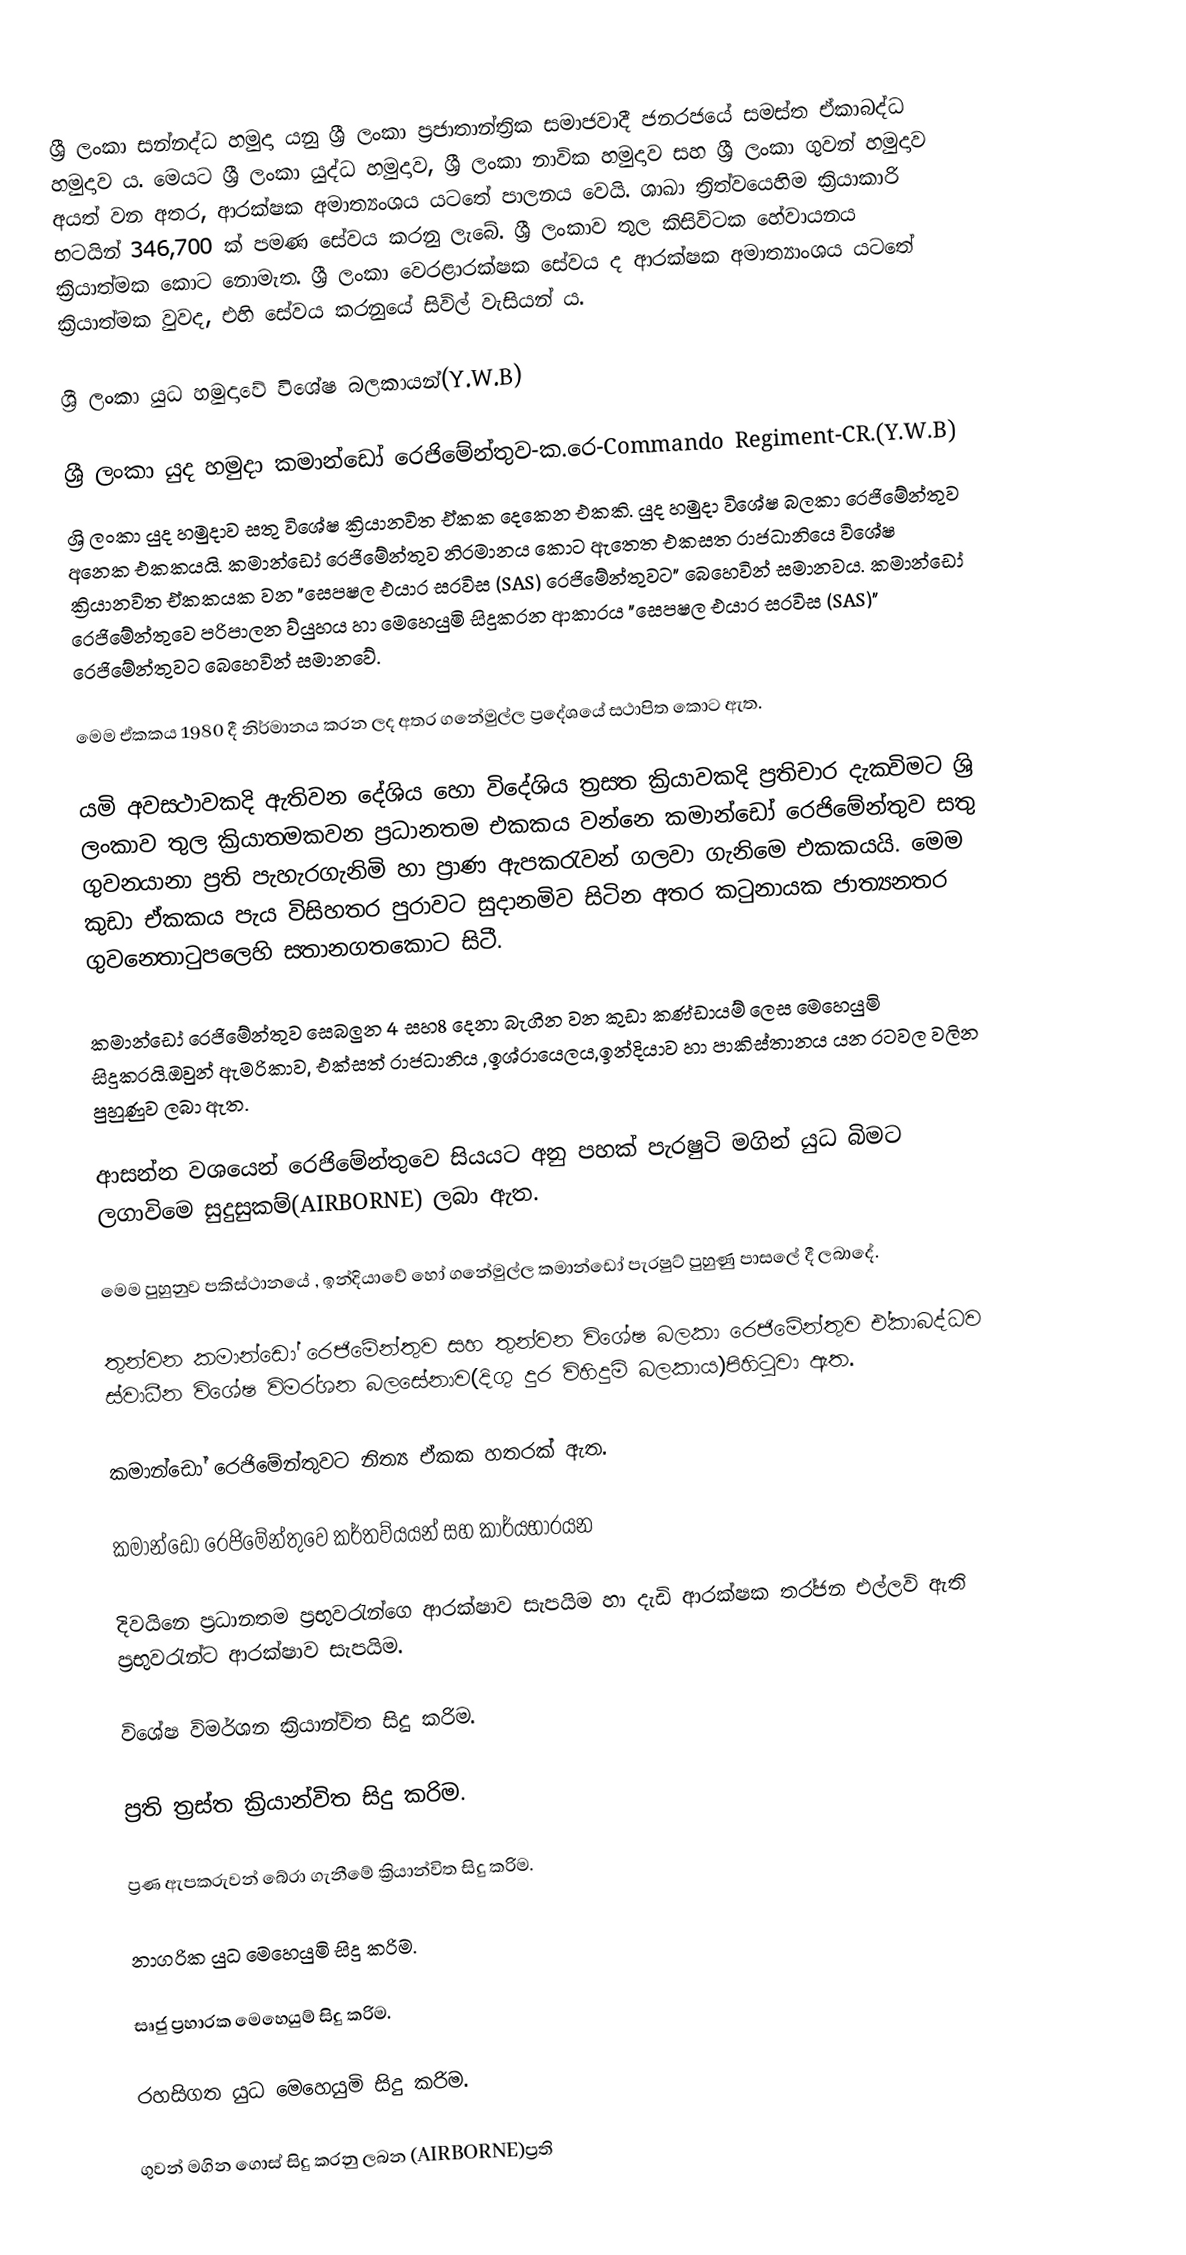
ශ්‍රී ලංකා සන්නද්ධ හමුදා යනු ශ්‍රී ලංකා ප්‍රජාතාන්ත්‍රික සමාජවාදී ජනරජයේ සමස්ත ඒකාබද්ධ හමුදාව ය. මෙයට ශ්‍රී ලංකා යුද්ධ හමුදාව, ශ්‍රී ලංකා නාවික හමුදාව සහ ශ්‍රී ලංකා ගුවන් හමුදාව අයත් වන අතර, ආරක්ෂක අමාත්‍යංශය යටතේ පාලනය වෙයි. ශාඛා ත්‍රිත්වයෙහිම ක්‍රියාකාරි භටයින් 346,700 ක් පමණ සේවය කරනු ලැබේ. ශ්‍රී ලංකාව තුල කිසිවිටක හේවායනය ක්‍රියාත්මක කොට නොමැත. ශ්‍රී ලංකා වෙරළාරක්ෂක සේවය ද ආරක්ෂක අමාත්‍යාංශය යටතේ ක්‍රියාත්මක වුවද, එහි සේවය කරනුයේ සිවිල් වැසියන් ය.

ශ්‍රී ලංකා යුධ හමුදාවේ විශේෂ බලකායන්(Y.W.B)

ශ්‍රී ලංකා යුද හමුදා කමාන්ඩෝ රෙජිමේන්තුව-ක.රෙ-Commando Regiment-CR.(Y.W.B)
ශ්‍රි ලංකා යුද හමුදාව සතු විශේෂ ක්‍රියාන‍්විත ඒකක දෙකෙන‍් එකකි. යුද හමුදා විශේෂ බලකා රෙජිමේන්තුව අනෙක‍් එකකයයි. කමාන්ඩෝ රෙජිමේන්තුව නිර‍්මානය කොට ඇත‍‍්තෙ එක‍්සත‍් රාජධානියෙ‍් විශේෂ ක්‍රියාන‍්විත ඒකකයක‍් වන "ස‍්පෙෂල‍් එයාර‍් සර‍්විස‍් (SAS) රෙජිමේන්තුවට" බෙහෙවින් සමානවය. කමාන්ඩෝ රෙජිමේන්තුවෙ පරිපාලන ව්යුහය හා මෙහෙයුමි සිදුකරන ආකාරය "ස‍්පෙෂල‍් එයාර‍් සර‍්විස‍් (SAS)" රෙජිමේන්තුවට බෙහෙවින් සමානවේ.

මෙම ඒකකය 1980 දී නිර්මානය කරන ලද අතර ගනේමුල්ල ප්‍රදෙ‍්ශයෙ‍් ස‍්ථාපිත කොට ඇත.

යමි අවස‍්ථාවකදි ඇතිවන දෙ‍්ශිය හො විදෙ‍්ශිය ත්‍රස‍්ත ක්‍රියාවකදි ප්‍රතිචාර දැක‍්විමට ශ්‍රි ලංකාව තුල ක්‍රියාත‍්මකවන ප්‍රධානතම එකකය වන‍‍්නෙ කමාන්ඩෝ රෙජිමේන්තුව සතු ගුවන‍්යානා ප්‍රති පැහැරගැනිමි හා ප්‍රාණ ඇපකරැවන‍් ගලවා ගැනිමෙ එකකයයි. මෙම කුඩා එ‍්කකය පැය විසිහතර පුරාවට සුදානමිව සිටින අතර කටුනායක ජාත්‍යන‍්තර ගුවන‍්තොටුපලෙහි ස‍්තානගතකොට සිටී.

කමාන්ඩෝ රෙජිමේන්තුව සෙබලුන‍් 4 සහ8 දෙනා බැගින‍් වන කුඩා කණ්ඩායම් ලෙස මෙහෙයුමි සිදුකරයි.ඔවුන් ඇමරිකාව, එක්සත් රාජධානිය ,ඉශ්රායෙලය,ඉන්දියාව හා පාකිස්තානය යන රටවල‍් වලින‍් පුහුණුව ලබා ඇත.

ආසන්න වශයෙන් රෙජිමේන්තුවෙ සියයට අනු පහක‍් පැරෂුටි මගින‍් යුධ බිමට ලගාවිමෙ සුදුසුකම්(AIRBORNE) ලබා ඇත.

මෙම පුහුනුව පකිස්ථානයේ , ඉන්දියාවේ හෝ ගනේමුල්ල කමාන්ඩෝ පැරෂුට් පුහුණු පාසලේ දී ලබාදේ.

තුන්වන කමාන්ඩෝ රෙජිමේන්තුව සහ තුන්වන විශේෂ බලකා රෙජිමේන්තුව එ‍්කාබද‍‍්ධව ස්වාධීන විශේෂ විමර‍්ශන බලසේනාව(දිගු දුර විහිදුමි බලකාය)පිහිටුවා ඇත.

කමාන්ඩෝ රෙජිමේන්තුවට නිත්‍ය ඒකක හතරක‍් ඇත.

කමාන්ඩෝ රෙජිමේන්තුවෙ කර්තව්යයන් සහ කාර්යභාරයන‍්

දිවයිනෙ ප්‍රධානතම ප්‍රභුවරැන‍්ගෙ ආරක්ෂාව සැපයිම හා දැඩි ආරක්ෂක තර‍්ජන එල‍‍්ලවි ඇති ප්‍රභුවරැන‍්ට ආරක්ෂාව සැපයිම.

විශේෂ විමර්ශන ක්‍රියාන්විත සිදු කරිම.

ප්‍රති ත්‍රස්ත ක්‍රියාන්විත සිදු කරිම.

ප්‍රණ ඇපකරුවන් බේරා ගැනීමේ ක්‍රියාන්විත සිදු කරිම.

නාගරික යුධ මෙහෙයුමි සිදු කරිම.

සෘජු ප්‍රහාරක මෙහෙයුම් සිදු කරිම.

රහසිගත යුධ මෙහෙයුමි සිදු කරිම.

ගුවන් මගින‍් ගොස‍‍් සිදු කරනු ලබන (AIRBORNE)ප්‍රති